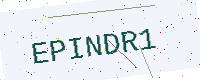
Text: EPINDR1